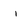
Character: i